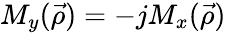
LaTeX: M_{y}(\vec{\rho})=-jM_{x}(\vec{\rho})